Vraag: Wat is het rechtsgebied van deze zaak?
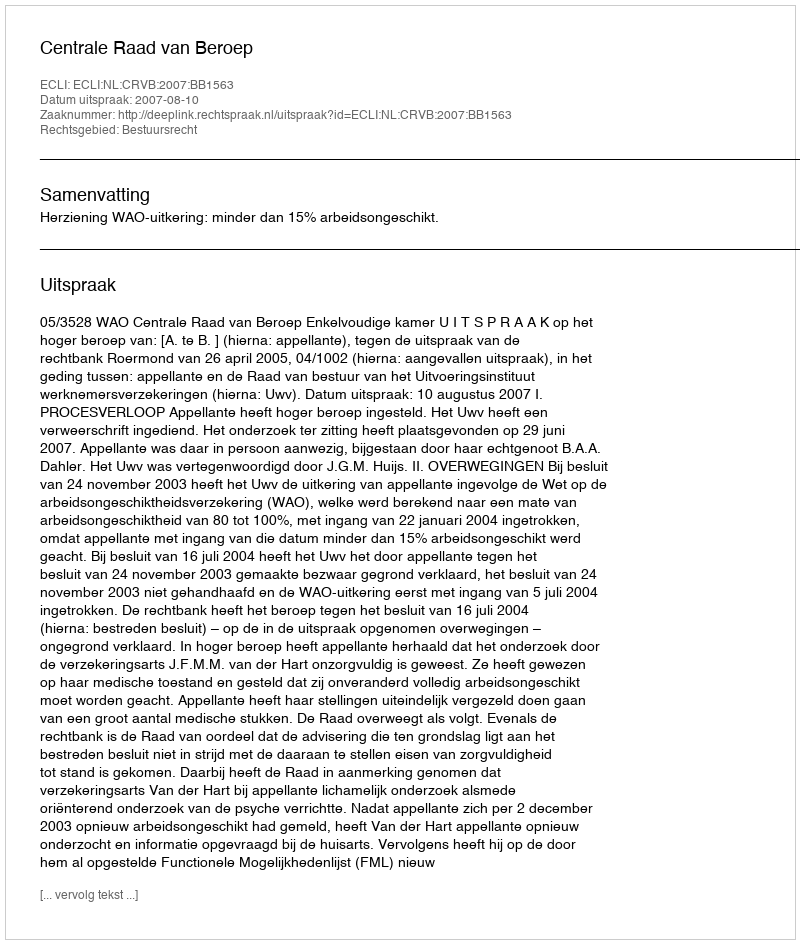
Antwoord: Bestuursrecht